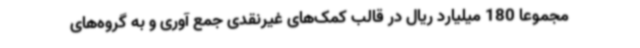
مجموعا 180 میلیارد ریال در قالب کمک‌های غیرنقدی جمع آوری و به گروه‌های